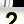
Digit: 2